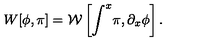
W [ \phi , \pi ] = \mathcal { W } \left[ \int ^ { x } \! \pi , \partial _ { x } \phi \right] .